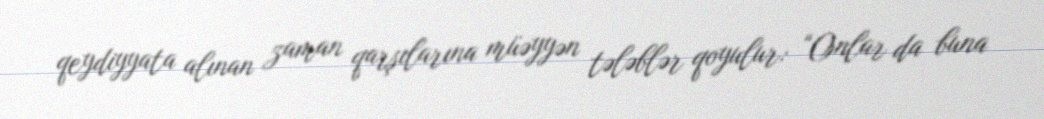
qeydiyyata alınan zaman qarşılarına müəyyən tələblər qoyulur: “Onlar da buna